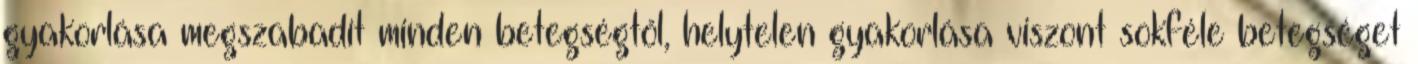
gyakorlása megszabadít minden betegségtől, helytelen gyakorlása viszont sokféle betegséget